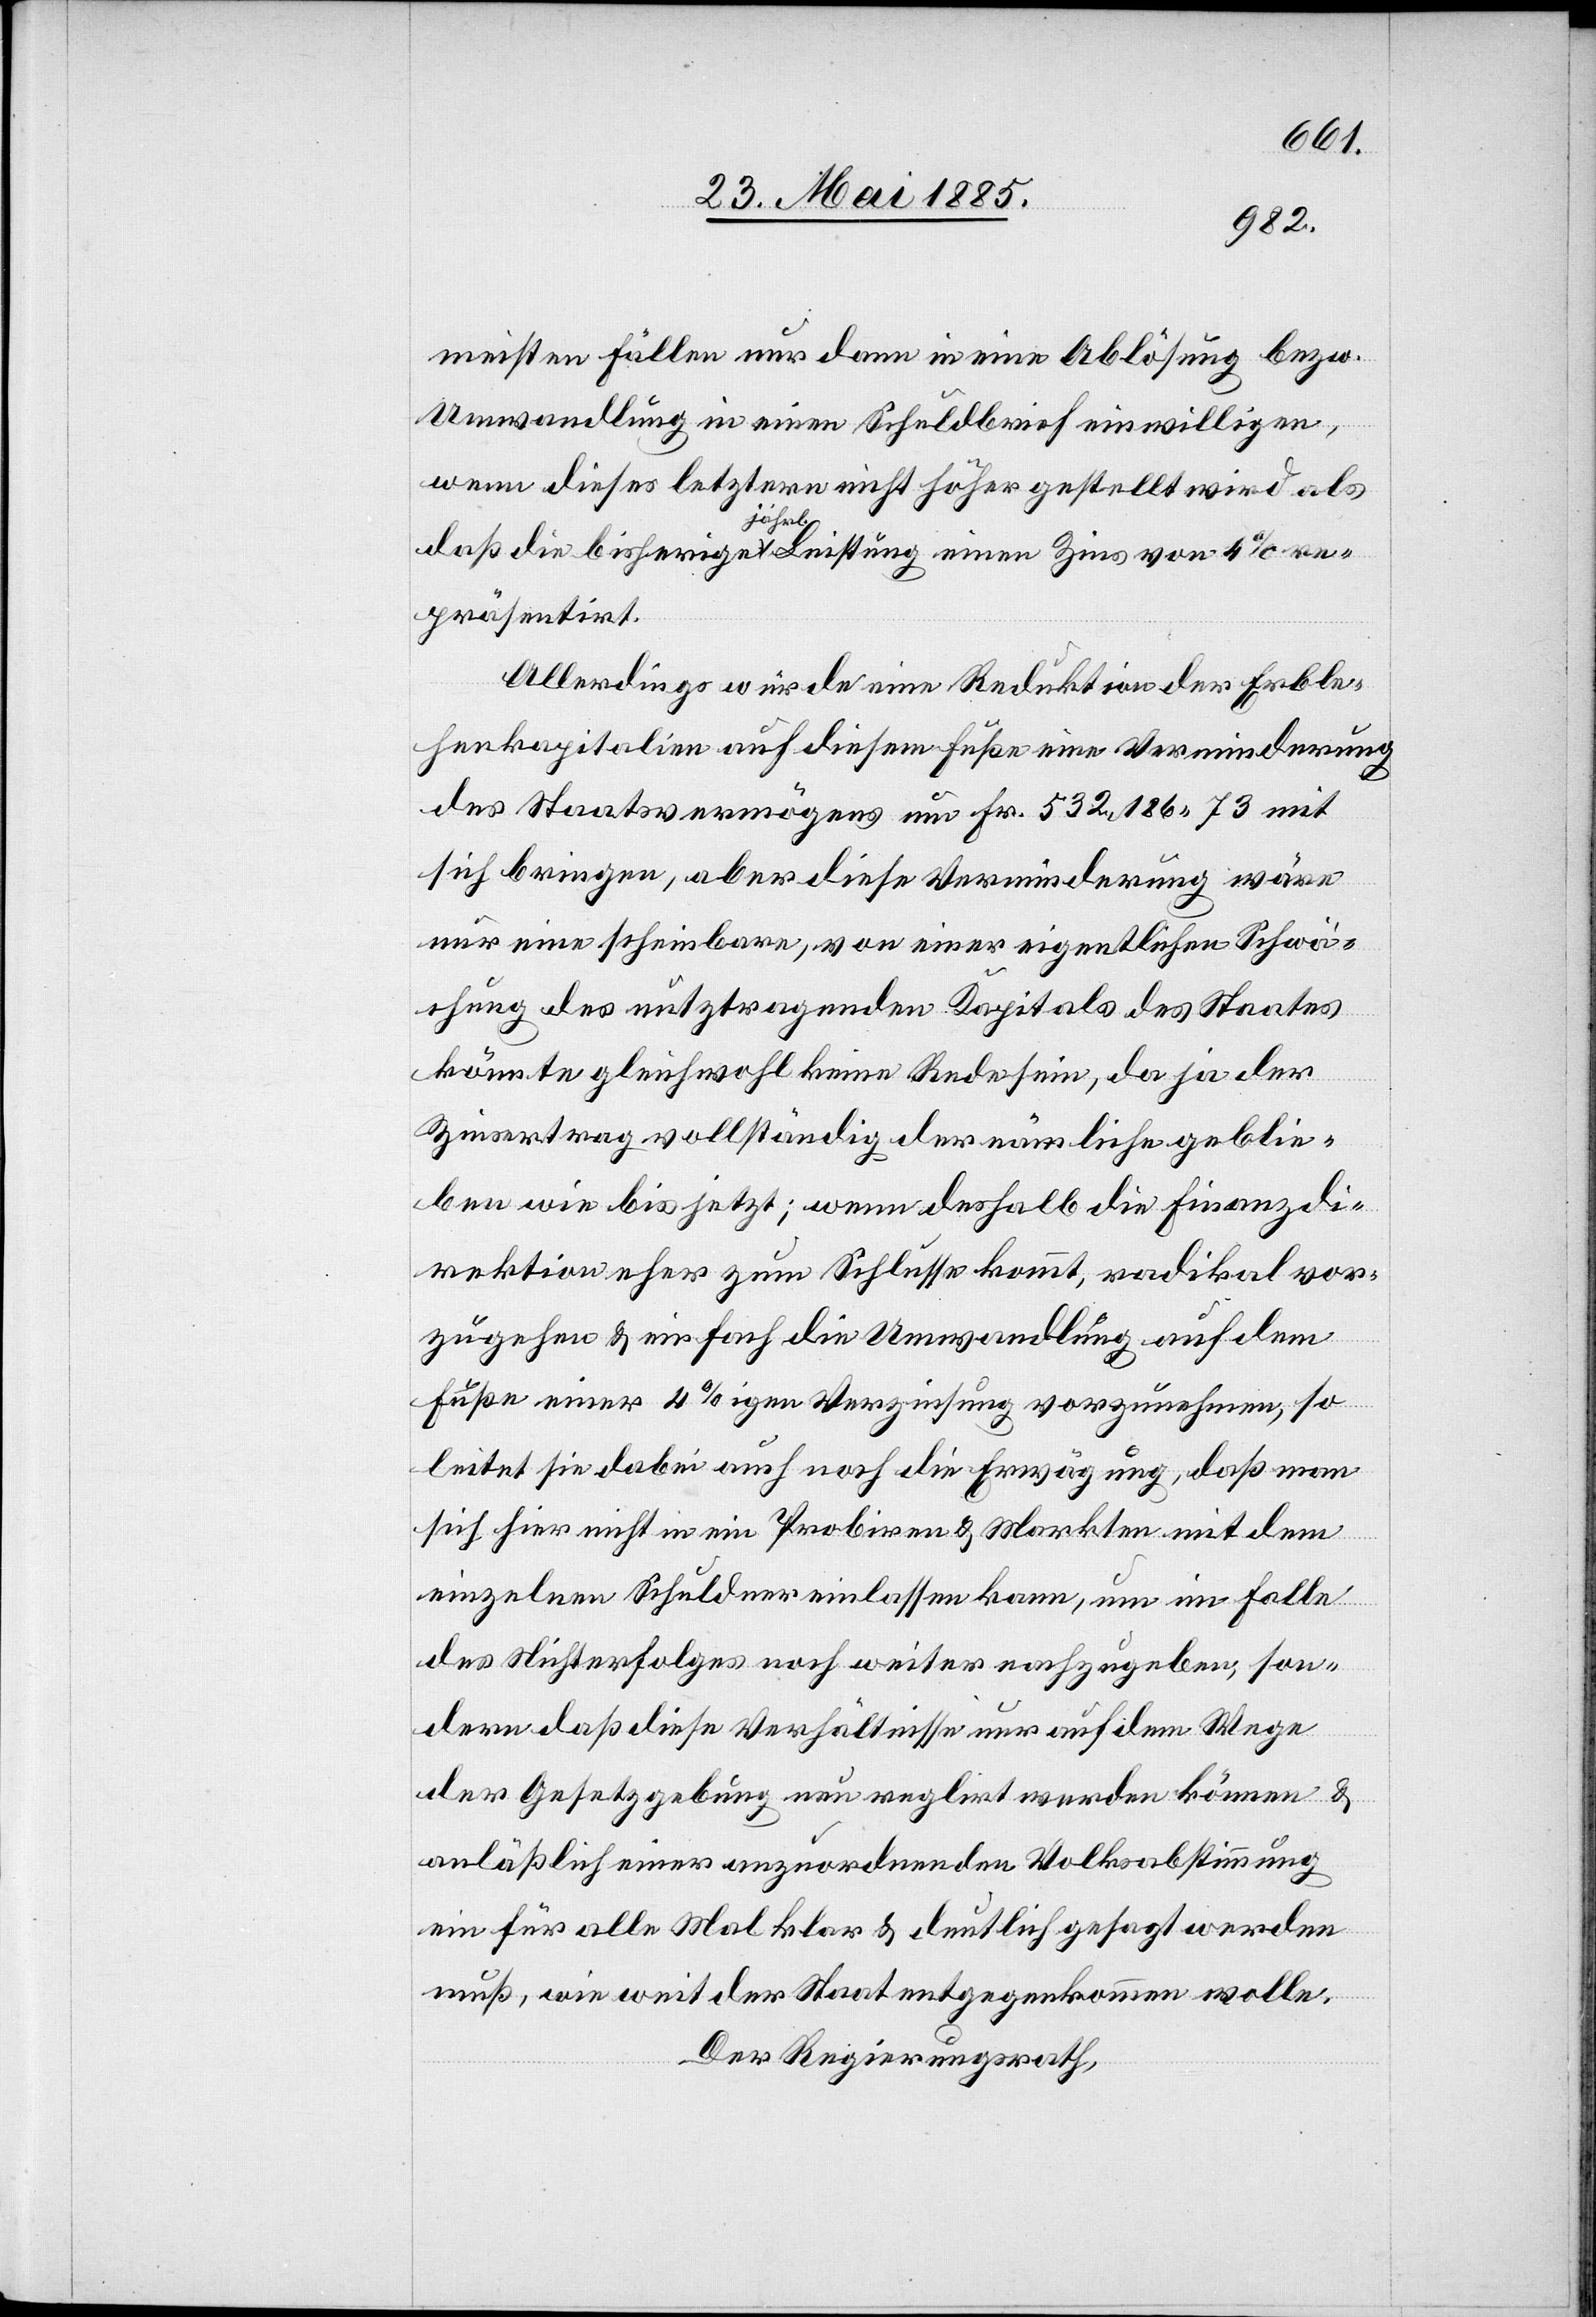
meisten Fällen nur dann in eine Ablösung bezw.
Umwandlung in einen Schuldbrief einwilligen,
wenn dieser letztere nicht höher gestellt wird als
daß die bisherige jährl. Leistung einen Zins von 4% re¬
präsentirt.
Allerdings würde eine Reduktion der Erble¬
henkapitalien auf diesem Fuße eine Verminderung
des Staatsvermögens um Fr. 532,186 73 mit
sich bringen, aber diese Verminderung wäre
nur eine scheinbare, von einer eigentlichen Schwä¬
chung des nutztragenden Kapitals des Staates
könnte gleichwohl keine Rede sein, da ja der
Zinsertrag vollständig der nämliche geblie¬
ben wie bis jetzt; wenn deshalb die Finanzdi¬
rektion eher zum Schlusse kommt, radikal vor¬
zugehen & einfach die Umwandlung auf dem
Fuße einer 4%igen Verzinsung vorzunehmen, so
leitet sie dabei auch noch die Erwägung, daß man
sich hier nicht in ein Probiren & Markten mit dem
einzelnen Schuldner einlassen kann, um im Falle
des Nichterfolges noch weiter nachzugeben, son¬
dern daß diese Verhältnisse nur auf dem Wege
der Gesetzgebung neu regulirt werden können &
anläßlich einer anzuordnenden Volksabstimmung
ein für alle Mal klar & deutlich gesagt werden
muß, wie weit der Staat entgegenkommen wolle.
Der Regierungsrath,